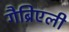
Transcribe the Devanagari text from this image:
गैब्रिएली